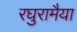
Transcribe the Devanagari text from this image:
रघुरामैया